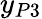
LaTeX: y_{P3}